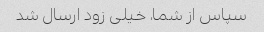
سپاس از شما، خیلی زود ارسال شد